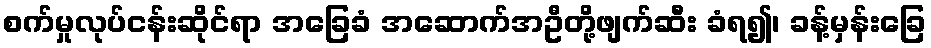
စက်မှုလုပ်ငန်းဆိုင်ရာ အခြေခံ အဆောက်အဦတို့ဖျက်ဆီး ခံရ၍၊ ခန့်မှန်းခြေ